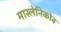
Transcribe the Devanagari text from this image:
मास्लेनिकोव